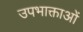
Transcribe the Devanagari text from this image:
उपभाक्ताओं